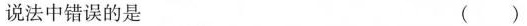
说法中错误的是 ( )